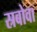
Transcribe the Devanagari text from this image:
स्रबोवा